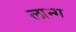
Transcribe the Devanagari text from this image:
लान्ग